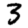
Digit: 3